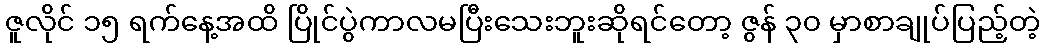
ဇူလိုင် ၁၅ ရက်နေ့အထိ ပြိုင်ပွဲကာလမပြီးသေးဘူးဆိုရင်တော့ ဇွန် ၃၀ မှာစာချုပ်ပြည့်တဲ့